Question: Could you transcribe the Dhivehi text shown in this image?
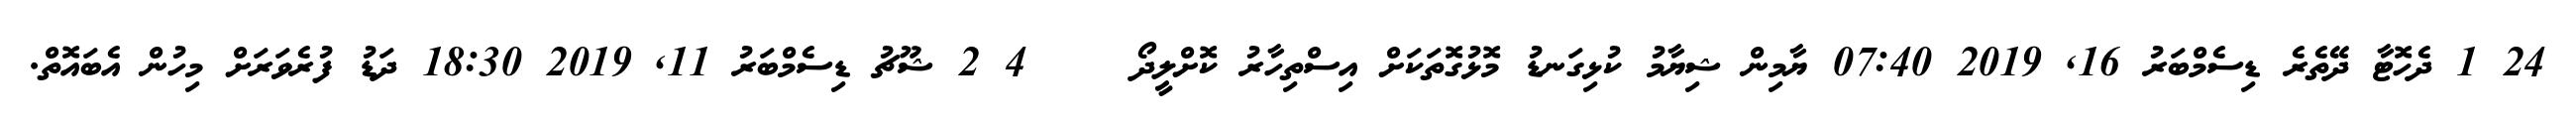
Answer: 24 1 ދެހޮޓާ ދޭތެރެ ޑިސެމްބަރު 16, 2019 07:40 ޔާމިން ޝިޔާމު ކުޅިގަނޑު މޮޅުގޮތަކަށް އިސްތިހާރު ކޮށްލީދޯ????? 4 2 ޝޫޗު ޑިސެމްބަރު 11, 2019 18:30 ދަޑު ފުރެވަރަށް މިހުން އެބައޮތް.